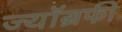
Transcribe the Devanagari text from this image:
ज्यॉग्रफी